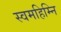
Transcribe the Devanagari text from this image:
स्वमहिम्नि